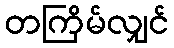
တကြိမ်လျှင်